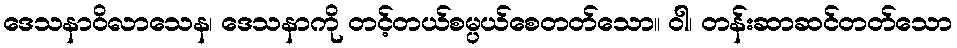
ဒေသနာဝိလာသေန၊ ဒေသနာကို တင့်တယ်စမ္ပယ်စေတတ်သော။ ဝါ၊ တန်းဆာဆင်တတ်သော